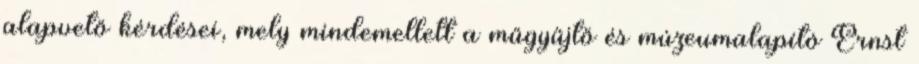
alapvető kérdései, mely mindemellett a műgyűjtő és múzeumalapító Ernst